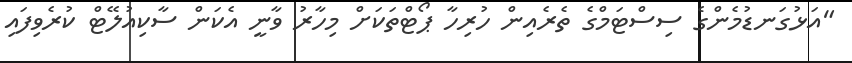
"އަޅުގަނޑުމެންގެ ސިސްޓަމްގެ ތެރެއިން ހުރިހާ ޕޯޓްތަކަށް މިހާރު ވާނީ އެކަން ސާކިއުލޭޓް ކުރެވިފައި